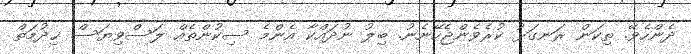
ދެންހެވޭ. ތިކަން ރަނގަޅު ކުރެވެންޖެހޭނެނު. ބިލު ނުދައްކާ އެންމެ ސިކުންތެއް ލަސްވިޔަސް ޚިދުމަތް